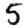
Digit: 5